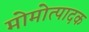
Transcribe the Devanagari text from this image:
मोमोत्पादक